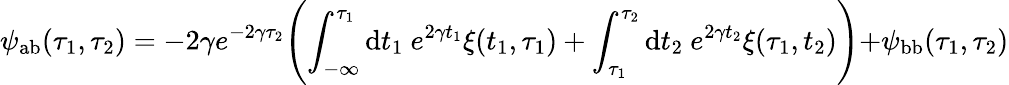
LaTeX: \psi_{\mathrm{ab}}(\tau_{1},\tau_{2})=-2\gamma e^{-2\gamma\tau_{2}}\Biggl(\int_{-\infty}^{\tau_{1}}\mathrm{d}t_{1}~e^{2\gamma t_{1}}\xi(t_{1},\tau_{1})+\int_{\tau_{1}}^{\tau_{2}}\mathrm{d}t_{2}~e^{2\gamma t_{2}}\xi(\tau_{1},t_{2})\Biggl)+\psi_{\mathrm{bb}}(\tau_{1},\tau_{2})